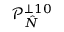
\angles { \mathcal { P } } _ { \hat { N } } ^ { \perp 1 0 }